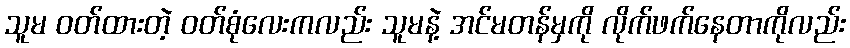
သူမ ဝတ်ထားတဲ့ ဝတ်စုံလေးကလည်း သူမနဲ့ အင်မတန်မှကို လိုက်ဖက်နေတာကိုလည်း